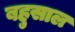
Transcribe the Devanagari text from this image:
बहुसाल